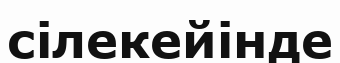
сілекейінде